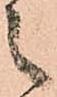
之